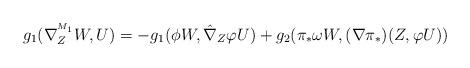
LaTeX: \begin{align*}g_{1}(\nabla^{^{M_1}}_{Z}W,U)&=-g_{1}(\phi W,\hat{\nabla}_{Z}\varphi U)+g_{2}(\pi_{\ast}\omega W,(\nabla \pi _{\ast })(Z,\varphi U))\end{align*}